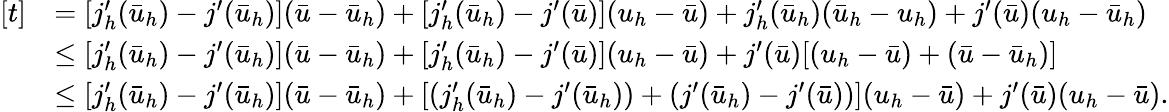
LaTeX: \begin{array}{rl}{[t]}&{=[j_{h}^{\prime}(\bar{u}_{h})-j^{\prime}(\bar{u}_{h})](\bar{u}-\bar{u}_{h})+[j_{h}^{\prime}(\bar{u}_{h})-j^{\prime}(\bar{u})](u_{h}-\bar{u})+j_{h}^{\prime}(\bar{u}_{h})(\bar{u}_{h}-u_{h})+j^{\prime}(\bar{u})(u_{h}-\bar{u}_{h})}\\ &{\leq[j_{h}^{\prime}(\bar{u}_{h})-j^{\prime}(\bar{u}_{h})](\bar{u}-\bar{u}_{h})+[j_{h}^{\prime}(\bar{u}_{h})-j^{\prime}(\bar{u})](u_{h}-\bar{u})+j^{\prime}(\bar{u})[(u_{h}-\bar{u})+(\bar{u}-\bar{u}_{h})]}\\ &{\leq[j_{h}^{\prime}(\bar{u}_{h})-j^{\prime}(\bar{u}_{h})](\bar{u}-\bar{u}_{h})+[(j_{h}^{\prime}(\bar{u}_{h})-j^{\prime}(\bar{u}_{h}))+(j^{\prime}(\bar{u}_{h})-j^{\prime}(\bar{u}))](u_{h}-\bar{u})+j^{\prime}(\bar{u})(u_{h}-\bar{u}).}\end{array}